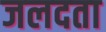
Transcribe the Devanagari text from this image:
जलदता